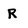
Character: R